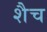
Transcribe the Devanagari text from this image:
शैच